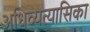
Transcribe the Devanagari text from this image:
अधिव्यत्यासिका